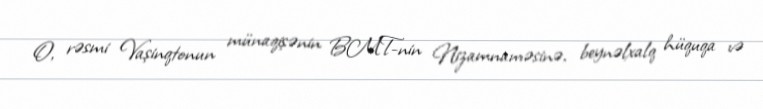
O, rəsmi Vaşinqtonun münaqişənin BMT-nin Nizamnaməsinə, beynəlxalq hüquqa və